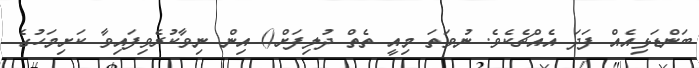
ބަންޑަޅިއެއް ފަދަ އެއްޗެކެވެ. ނުވަތަ މިއީ ތެތް ދުލިފަށް() އިން ނިވާކުރެވިފައިވާ ކަށިމަހުގެ